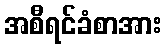
အစီရင်ခံစာအား